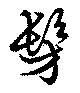
髣